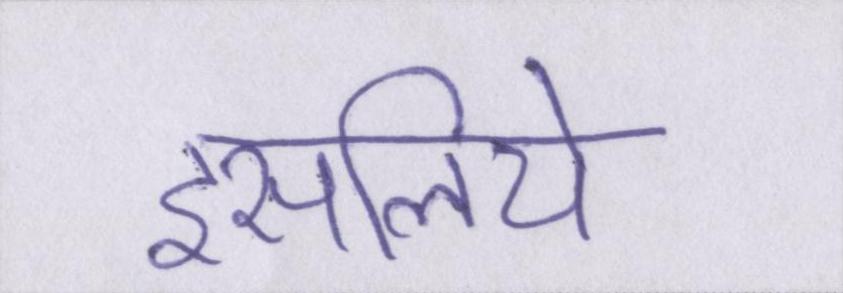
इसलिये